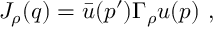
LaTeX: J _ { \rho } ( q ) = \bar { u } ( p ^ { \prime } ) \Gamma _ { \rho } u ( p ) \ ,